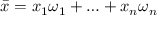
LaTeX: { \bar { x } } = x _ { 1 } \omega _ { 1 } + \ldots + x _ { n } \omega _ { n }